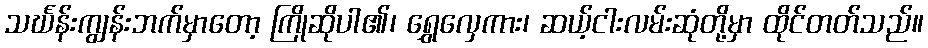
သင်္ဃန်းကျွန်းဘက်မှာတော့ ကြိုဆိုပါ၏၊ ရွှေလှေကား၊ ဆယ့်ငါးလမ်းဆုံတို့မှာ ထိုင်တတ်သည်။